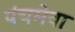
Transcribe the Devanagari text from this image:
पंचमेवा